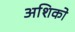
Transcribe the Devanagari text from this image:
अशिको